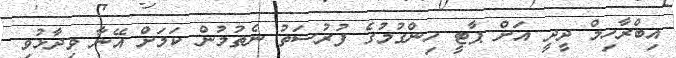
އިބްރާހިމް ދީދީ އަށް ޕާޓީ ހިންގުމުގެ ފުރުސަތު ނެތުމުން ކަމަށް އޭނާ ވިދާޅުވި